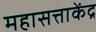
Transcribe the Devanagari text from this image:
महासत्ताकेंद्र